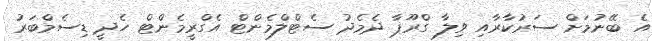
އެ ބޭނުމަށް ސަރުކާރާއި ވިލާ ގްރޫޕާ ދެމެދު ސެޓްލްމެންޓް އެގްރީމެންޓް ހެދީ ޑިސެމްބަރު